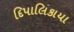
દિપાલિકાયા